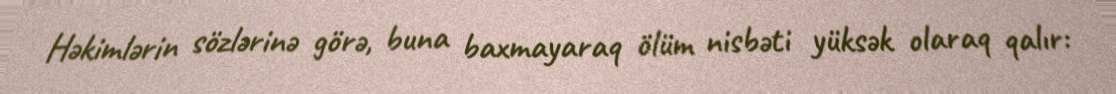
Həkimlərin sözlərinə görə, buna baxmayaraq ölüm nisbəti yüksək olaraq qalır: